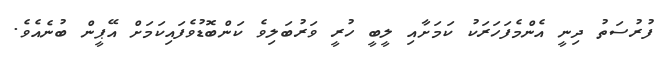
ފުރުސަތު ދިނީ އެންމެފަހަރަކު ކަމަށާއި ލީބީ ހުރީ ވަރުބަލިވެ ކަންބޮޑުވެފައިކަމަށް އޭޕީން ބުނެއެވެ.